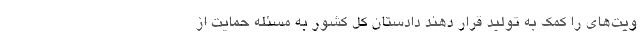
ویت‌های را کمک به تولید قرار دهند دادستان کل کشور به مسئله حمایت از